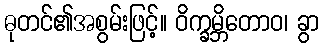
ဓုတင်၏အစွမ်းဖြင့်။ ဝိက္ခမ္ဘိတောဝ၊ ခွာ